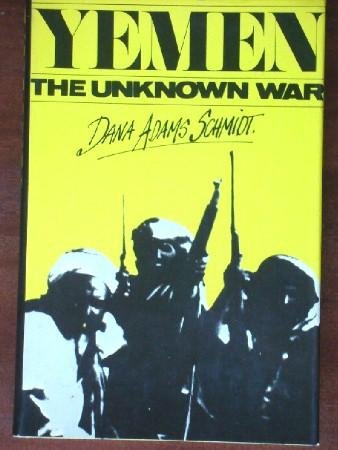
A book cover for Yemen; the unknown war; Dana Adams Schmidt; History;